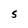
Character: S